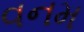
વનમ